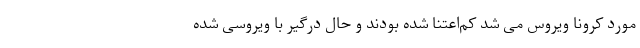
مورد کرونا ویروس می شد کم‌اعتنا شده بودند و حال درگیر با ویروسی شده